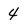
Character: 4